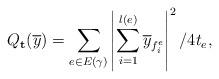
LaTeX: \begin{align*} Q_{\mathbf{t}}(\overline y) = \sum_{e \in E(\gamma)}\left| \sum_{i = 1}^{l(e)}\overline y_{f^e_i}\right|^2/4t_e,\end{align*}